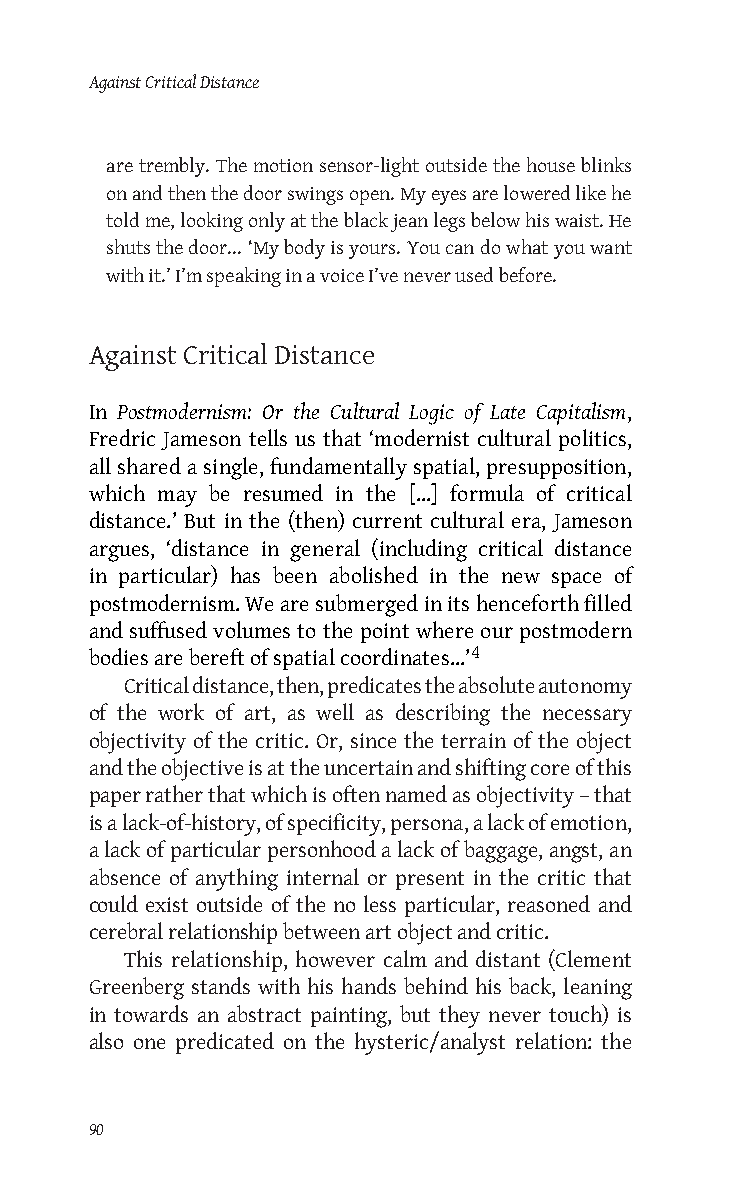
Against Critical Distance
 are trembly. The motion sensor-light outside the house blinks
 on and then the door swings open. My eyes are lowered like he
 told me, looking only at the black jean legs below his waist. He
 shuts the door... ‘My body is yours. You can do what you want
 with it.’ I’m speaking in a voice I’ve never used before.
 Against Critical Distance
 In Postmodernism: Or the Cultural Logic of Late Capitalism,
 Fredric Jameson tells us that ‘modernist cultural politics,
 all shared a single, fundamentally spatial, presupposition,
 which may be resumed in the [...] formula of critical
 distance.’ But in the (then) current cultural era, Jameson
 argues, ‘distance in general (including critical distance
 in particular) has been abolished in the new space of
 postmodernism. We are submerged in its henceforth filled
 and suffused volumes to the point where our postmodern
 bodies are bereft of spatial coordinates...’4
 Critical distance, then, predicates the absolute autonomy
 of the work of art, as well as describing the necessary
 objectivity of the critic. Or, since the terrain of the object
 and the objective is at the uncertain and shifting core of this
 paper rather that which is often named as objectivity – that
 is a lack-of-history, of specificity, persona, a lack of emotion,
 a lack of particular personhood a lack of baggage, angst, an
 absence of anything internal or present in the critic that
 could exist outside of the no less particular, reasoned and
 cerebral relationship between art object and critic.
 This relationship, however calm and distant (Clement
 Greenberg stands with his hands behind his back, leaning
 in towards an abstract painting, but they never touch) is
 also one predicated on the hysteric/analyst relation: the
 90